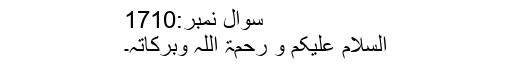
سوال نمبر:1710
السلام علیکم و رحمۃ اللہ وبرکاتہ۔